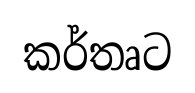
කර්තෘට